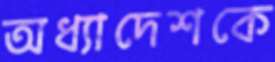
অধ্যাদেশকে